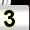
Digit: 3